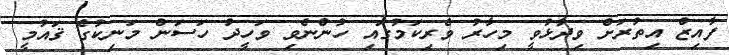
ފާއިޒް އިތުރަށް ވިދާޅުވީ މިހާރު ވެރިކަމުގައި ހުންނެވި ވަހީދު ހަސަން މަނިކުގެ ޤައުމީ